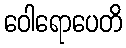
ဝေါရောပေတိ